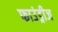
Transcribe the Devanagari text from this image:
फाउंड्रीज